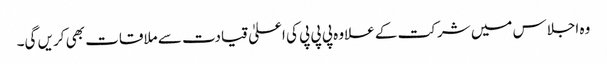
وہ اجلاس میں شرکت کے علاوہ پی پی پی کی اعلیٰ قیادت سے ملاقات بھی کریں گی۔